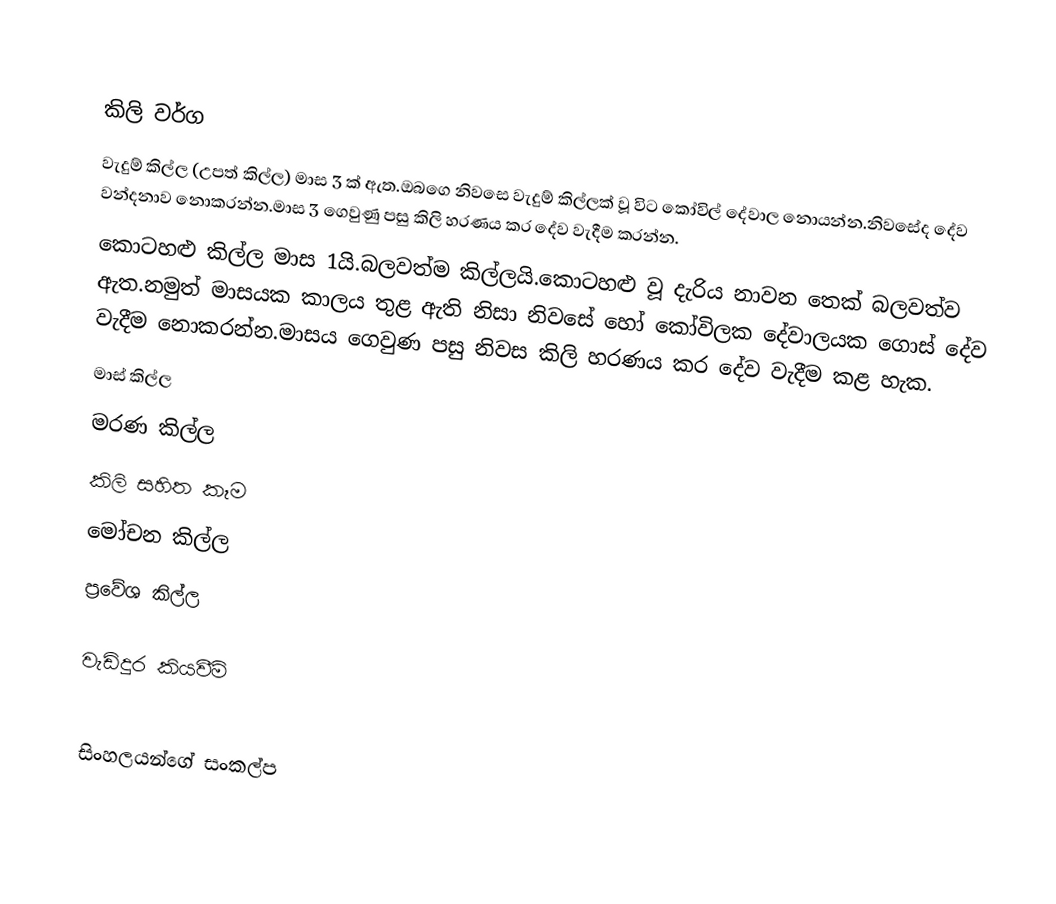

කිලි වර්ග
 වැදුම් කිල්ල (උපත් කිල්ල) මාස 3 ක් ඇත.ඔබගෙ නිවසෙ වැදුම් කිල්ලක් වූ විට කෝවිල් දේවාල නොයන්න.නිවසේද දේව වන්දනාව නොකරන්න.මාස 3 ගෙවුණු පසු කිලි හරණය කර දේව වැදීම කරන්න.
 කො‍ටහළු කිල්ල මාස 1යි.බලවත්ම කිල්ලයි.කොටහළු වූ දැරිය නාවන තෙක් බලවත්ව ඇත.නමුත් මාසයක කාලය තුළ ඇති නිසා නිවසේ හෝ කෝවිලක දේවාලයක ගොස් දේව වැදීම නොකරන්න.මාසය ගෙවුණ පසු නිවස කිලි හරණය කර දේව වැදීම කළ හැක.
 මාස් කිල්ල
  මරණ කිල්ල
 කිලි සහිත කෑම
මෝචන කිල්ල
ප්‍රවේශ කිල්ල

වැඩිදුර කියවීම්

සිංහලයන්ගේ සංකල්ප